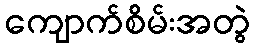
ကျောက်စိမ်းအတွဲ